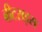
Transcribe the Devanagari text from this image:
बीटराइस